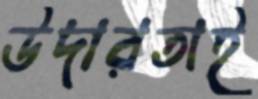
উদারতাই